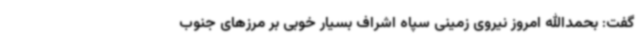
گفت: بحمدالله امروز نیروی زمینی سپاه اشراف بسیار خوبی بر مرزهای جنوب